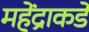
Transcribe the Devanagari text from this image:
महेंद्राकडे